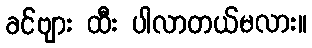
ခင်ဗျား ထီး ပါလာတယ်မလား။